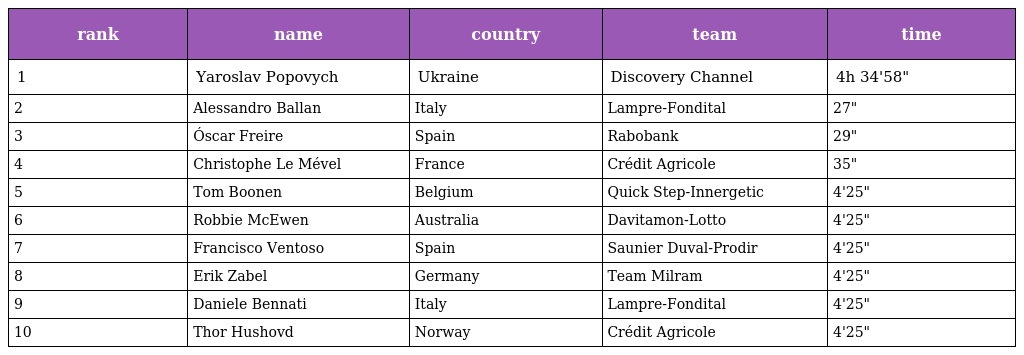
| rank | name | country | team | time |
 | --- | --- | --- | --- | --- |
 | 1 | Yaroslav Popovych | Ukraine | Discovery Channel | 4h 34'58" |
 | 2 | Alessandro Ballan | Italy | Lampre-Fondital | 27" |
 | 3 | Óscar Freire | Spain | Rabobank | 29" |
 | 4 | Christophe Le Mével | France | Crédit Agricole | 35" |
 | 5 | Tom Boonen | Belgium | Quick Step-Innergetic | 4'25" |
 | 6 | Robbie McEwen | Australia | Davitamon-Lotto | 4'25" |
 | 7 | Francisco Ventoso | Spain | Saunier Duval-Prodir | 4'25" |
 | 8 | Erik Zabel | Germany | Team Milram | 4'25" |
 | 9 | Daniele Bennati | Italy | Lampre-Fondital | 4'25" |
 | 10 | Thor Hushovd | Norway | Crédit Agricole | 4'25" |